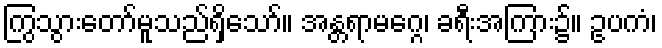
ကြွသွားတော်မူသည်ရှိသော်။ အန္တရာမဂ္ဂေ၊ ခရီးအကြား၌။ ဥပကံ၊